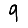
Digit: 9